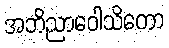
အဘိညာဝေါသိတော